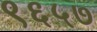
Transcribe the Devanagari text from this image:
९६५७